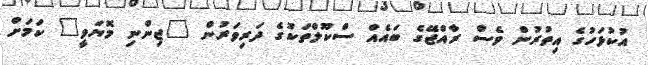
އުކުޅަހުގެ އިތުރުން ވެސް ރާއްޖޭގެ ބައެއް ސްކޫލްތަކުގެ ދަރިވަރުން "ޖިންނި މޮޔަވީ" ކަމަށް